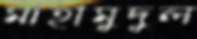
মাহামুদুল